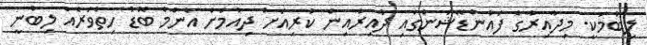
ލިބުމަކީ. މިދާއިރާގެ ފައުންޑޭޝަންގައި ދާއިރާއިން ކުރިއަށް ދިއުމަށް އެންމެ ބޮޑު ހިތްވަރެއް ލިބުނީ